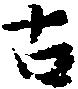
古